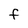
Character: F